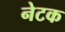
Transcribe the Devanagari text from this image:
नेटक